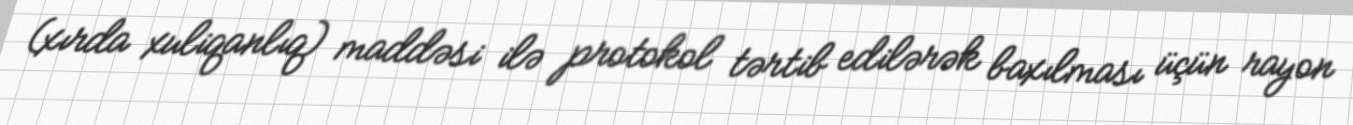
(xırda xuliqanlıq) maddəsi ilə protokol tərtib edilərək baxılması üçün rayon